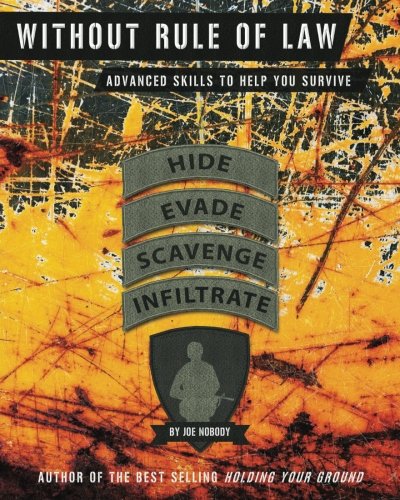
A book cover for Without Rule of Law: Advanced Skills to Help You Survive; Joe Nobody; Sports & Outdoors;